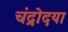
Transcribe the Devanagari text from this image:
चंद्रोदया